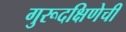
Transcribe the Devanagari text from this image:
गुरूदक्षिणेची